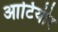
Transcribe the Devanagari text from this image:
आटियीर